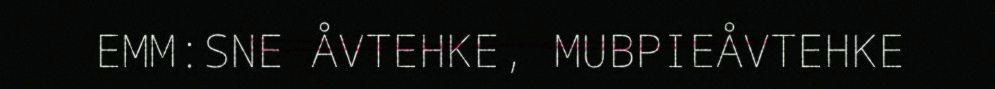
EMM:SNE ÅVTEHKE, MUBPIEÅVTEHKE